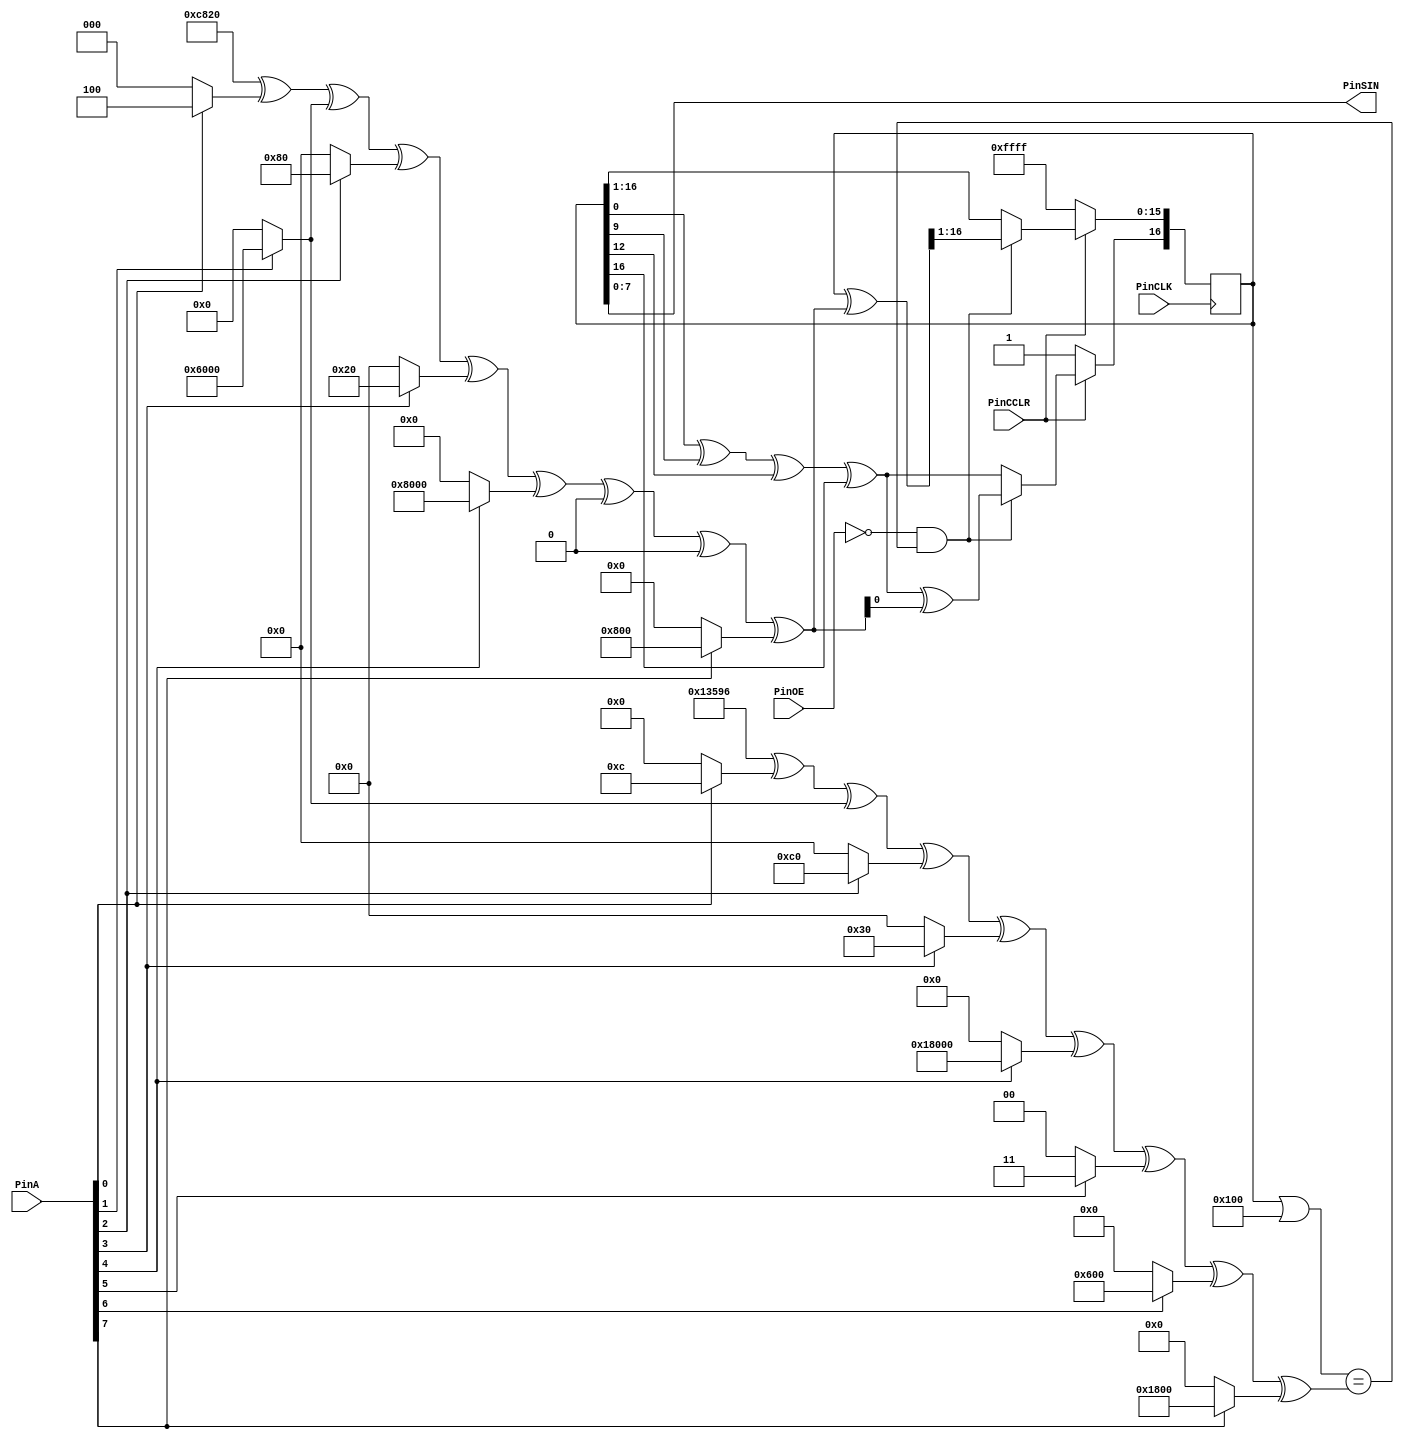
module amsacid(PinCLK, PinA, PinOE, PinCCLR, PinSIN);

input PinCLK;
input [7:0]PinA;
input PinOE;
input PinCCLR;

output [7:0]PinSIN;

wire PinCLK;

reg [16:0]ShiftReg = 17'h1FFFF;
wire [16:0]CmpVal;
wire [16:0]XorVal;

assign CmpVal = 17'h13596	^ (PinA[0] ? 17'h0000c : 0)
									^ (PinA[1] ? 17'h06000 : 0)
									^ (PinA[2] ? 17'h000c0 : 0)
									^ (PinA[3] ? 17'h00030 : 0)
									^ (PinA[4] ? 17'h18000 : 0)
									^ (PinA[5] ? 17'h00003 : 0)
									^ (PinA[6] ? 17'h00600 : 0)
									^ (PinA[7] ? 17'h01800 : 0);
assign XorVal = 17'h0C820	^ (PinA[0] ? 17'h00004 : 0)
									^ (PinA[1] ? 17'h06000 : 0)
									^ (PinA[2] ? 17'h00080 : 0)
									^ (PinA[3] ? 17'h00020 : 0)
									^ (PinA[4] ? 17'h08000 : 0)
									^ (PinA[5] ? 17'h00000 : 0)
									^ (PinA[6] ? 17'h00000 : 0)
									^ (PinA[7] ? 17'h00800 : 0);

always@(negedge PinCLK)
	begin

	if (PinCCLR) // not in reset state
		begin
		if (!PinOE && ((ShiftReg | 17'h00100) == CmpVal))
			begin
			ShiftReg <= (ShiftReg ^ XorVal) >> 1;
			ShiftReg[16] <= ShiftReg[0] ^ ShiftReg[9] ^ ShiftReg[12] ^ ShiftReg[16] ^ XorVal[0];  // hier xorval mit berchsichtigen
			end
		else
			begin
			ShiftReg <= ShiftReg >> 1;
			ShiftReg[16] <= ShiftReg[0] ^ ShiftReg[9] ^ ShiftReg[12] ^ ShiftReg[16];
			end
		end
	else
		begin
			ShiftReg <= 17'h1FFFF;
		end
	end

//assign PinSIN = ShiftReg[7:0] ^ 8'hff;
assign PinSIN = ShiftReg[7:0];
//assign PinSIN[0] = PinCLK;


endmodule